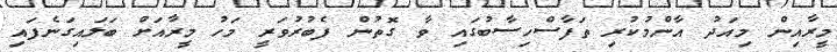
މީރާއިން މިއަދު އާންމުކުރި ތަފާސްހިސާބުގައި ވާ ގޮތުން ފެބުރުވަރީ މަހު މީރާއަށް ބަލައިގަނެފައި